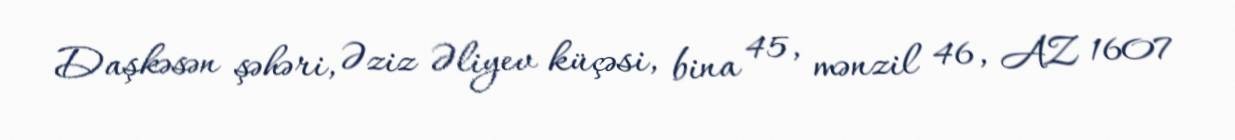
Daşkəsən şəhəri, Əziz Əliyev küçəsi, bina 45, mənzil 46, AZ 1607